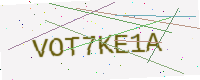
Text: VOT7KE1A